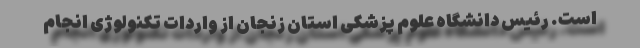
است. رئیس دانشگاه علوم پزشکی استان زنجان از واردات تکنولوژی انجام